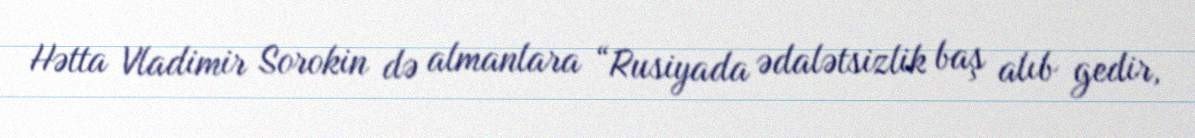
Hətta Vladimir Sorokin də almanlara “Rusiyada ədalətsizlik baş alıb gedir,